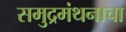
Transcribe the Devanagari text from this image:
समुद्रमंथनाचा